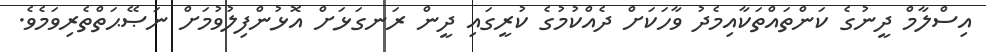
އިސްލާމް ދީނުގެ ކަންތައްތަކާއިމެދު ވާހަކަށް ދެއްކުމުގެ ކުރީގައި ދީން ރަނގަޅަށް އޮޅުންފިލުވުމަށް ނަޞޭޙަތްތެރިވަމެވެ.